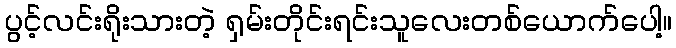
ပွင့်လင်းရိုးသားတဲ့ ရှမ်းတိုင်းရင်းသူလေးတစ်ယောက်ပေါ့။